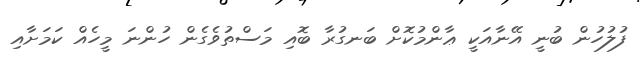
ފުލުހުން ބުނީ އޭނާއަކީ ޢާންމުކޮށް ބަނގުރާ ބޮއި މަސްތުވެގެން ހުންނަ މީހެއް ކަމަށާއި